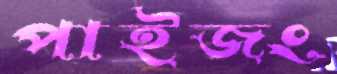
পাইজং